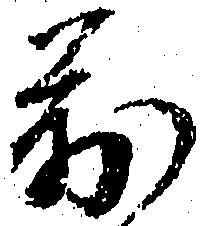
万